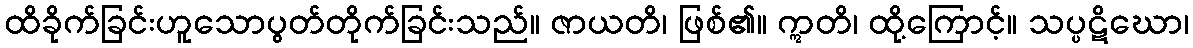
ထိခိုက်ခြင်းဟူသောပွတ်တိုက်ခြင်းသည်။ ဇာယတိ၊ ဖြစ်၏။ ဣတိ၊ ထို့ကြောင့်။ သပ္ပဋိဃော၊